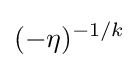
(-\eta )^{-1/k}